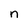
Character: n